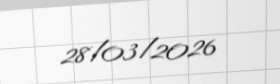
28/03/2026